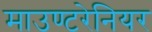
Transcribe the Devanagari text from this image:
माउण्टरेनियर